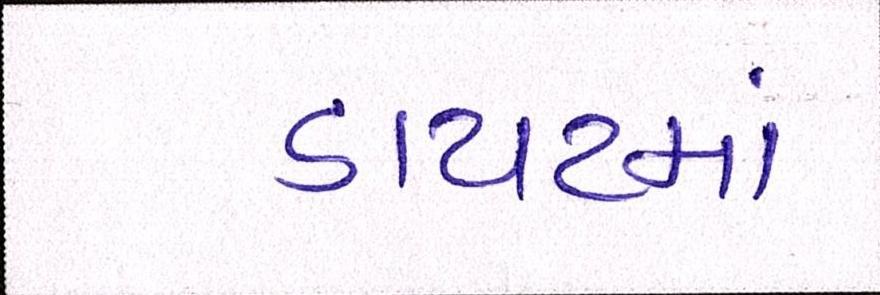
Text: ડાયટમાં